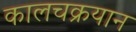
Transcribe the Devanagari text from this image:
कालचक्रयान